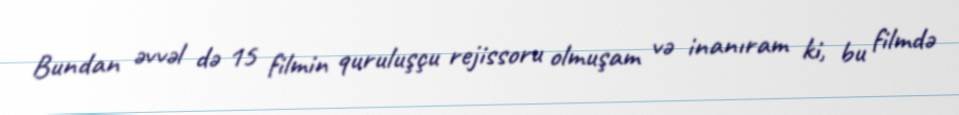
Bundan əvvəl də 15 filmin quruluşçu rejissoru olmuşam və inanıram ki, bu filmdə